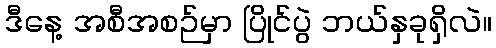
ဒီနေ့ အစီအစဉ်မှာ ပြိုင်ပွဲ ဘယ်နှခုရှိလဲ။